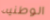
الوطنيه